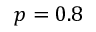
p = 0 . 8